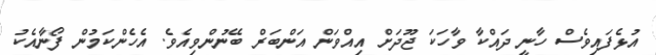
އުޅެފައިވެސް ހާނީ ދައްކާ ވާހަކަ ޖޫދަށް އިއްވަން އަންބަރް ބޭނުންވިއެވެ. އެހެންކަމުން ފޯނާއެކު